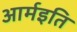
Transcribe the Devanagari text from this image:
आर्मइति